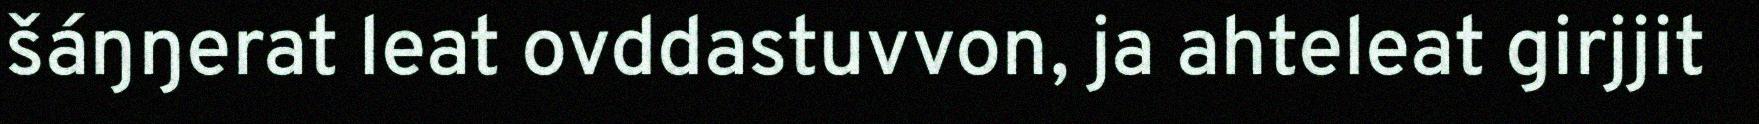
šáŋŋerat leat ovddastuvvon, ja ahteleat girjjit